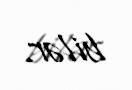
bilər.